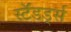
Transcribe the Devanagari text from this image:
स्टॅंडर्ड्स